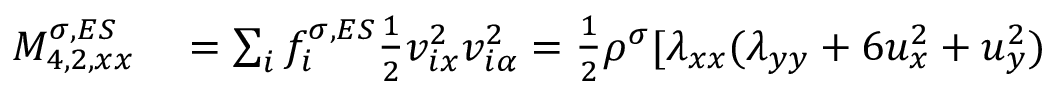
\begin{array} { r } { \begin{array} { r l } { M _ { 4 , 2 , x x } ^ { \sigma , E S } } & { { } = \sum _ { i } f _ { i } ^ { \sigma , E S } \frac { 1 } { 2 } v _ { i x } ^ { 2 } v _ { i \alpha } ^ { 2 } = \frac { 1 } { 2 } \rho ^ { \sigma } [ \lambda _ { x x } ( \lambda _ { y y } + 6 u _ { x } ^ { 2 } + u _ { y } ^ { 2 } ) } \end{array} } \end{array}